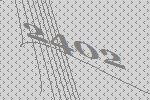
2402